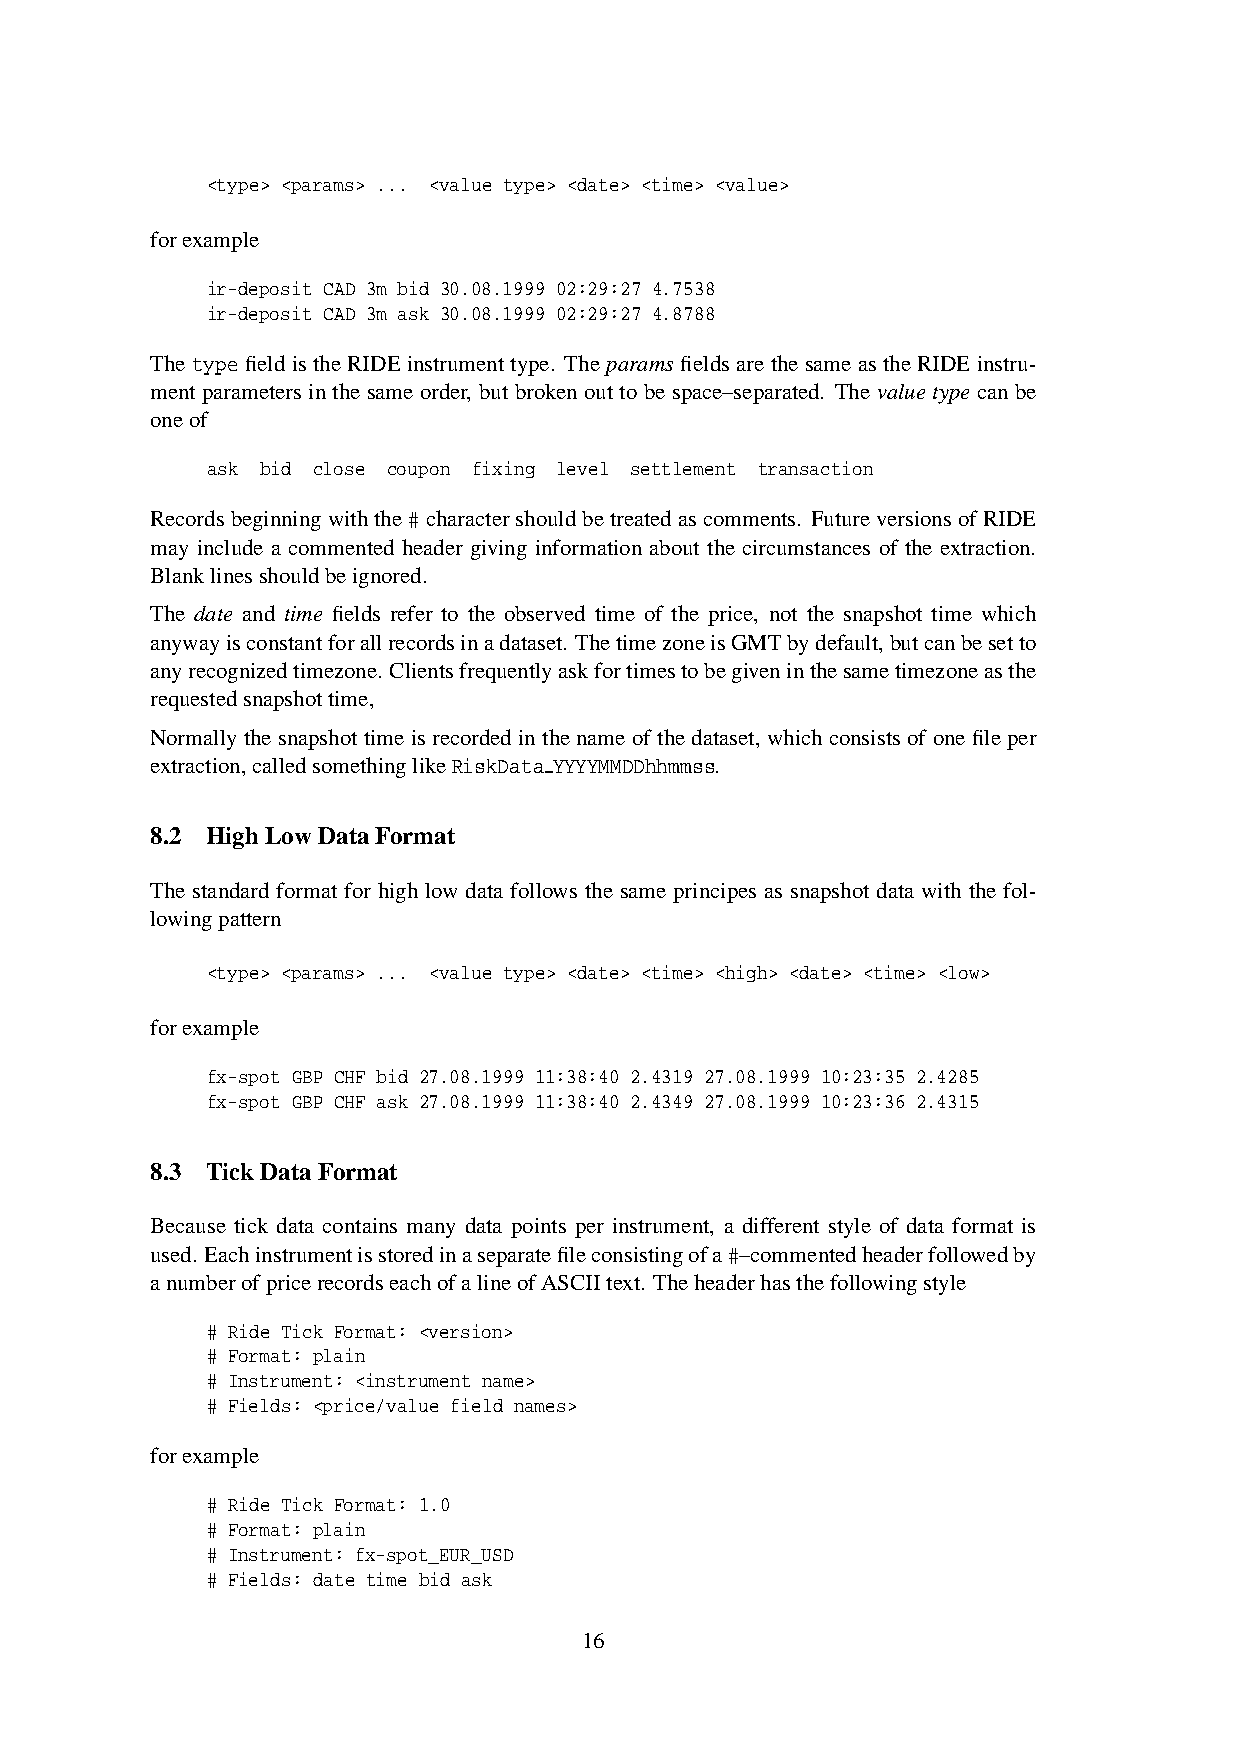
<type> <params> ... <value type> <date> <time> <value>
 forexample
 ir-deposit CAD 3m bid 30.08.1999 02:29:27 4.7538
 ir-deposit CAD 3m ask 30.08.1999 02:29:27 4.8788
 The type field is the RIDEinstrument type. The params fields are thesame as the RIDE instru-
 ment parameters in the same order, but broken out to be space–separated. The value type can be
 oneof
 ask bid close coupon fixing level settlement transaction
 Records beginning withthe#charactershouldbe treatedascomments. Futureversions ofRIDE
 may include a commented header giving information about the circumstances of the extraction.
 Blanklinesshouldbeignored.
 The date and time fields refer to the observed time of the price, not the snapshot time which
 anywayisconstantforallrecordsinadataset. ThetimezoneisGMTbydefault,butcanbesetto
 anyrecognizedtimezone. Clientsfrequentlyaskfortimestobegiveninthesametimezoneasthe
 requestedsnapshottime,
 Normally the snapshottime is recordedin thename of the dataset, which consists of onefile per
 extraction,calledsomethinglikeRiskData YYYYMMDDhhmmss.
 8.2 HighLow DataFormat
 The standard format for high low data follows the same principes as snapshot data with the fol-
 lowingpattern
 <type> <params> ... <value type> <date> <time> <high> <date> <time> <low>
 forexample
 fx-spot GBP CHF bid 27.08.1999 11:38:40 2.4319 27.08.1999 10:23:35 2.4285
 fx-spot GBP CHF ask 27.08.1999 11:38:40 2.4349 27.08.1999 10:23:36 2.4315
 8.3 Tick Data Format
 Because tick data contains many data points per instrument, a different style of data format is
 used. Eachinstrumentisstoredinaseparatefileconsistingofa#–commentedheaderfollowedby
 anumberofpricerecordseachofalineofASCIItext. Theheaderhasthefollowingstyle
 # Ride Tick Format: <version>
 # Format: plain
 # Instrument: <instrument name>
 # Fields: <price/value field names>
 forexample
 # Ride Tick Format: 1.0
 # Format: plain
 # Instrument: fx-spot_EUR_USD
 # Fields: date time bid ask
 16